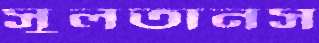
সুলতানস